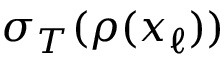
\sigma _ { T } ( \rho ( x _ { \ell } ) )